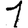
Digit: 1